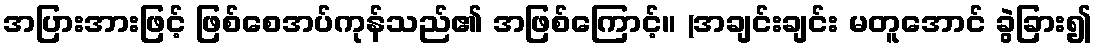
အပြားအားဖြင့် ဖြစ်စေအပ်ကုန်သည်၏ အဖြစ်ကြောင့်။ (အချင်းချင်း မတူအောင် ခွဲခြား၍